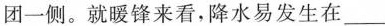
团一侧。就暖锋来看，降水易发生在___